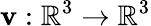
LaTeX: \mathbf{v}:\mathbb{R}^{3}\to\mathbb{R}^{3}